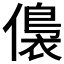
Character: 𱏕